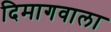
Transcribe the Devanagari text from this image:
दिमागवाला